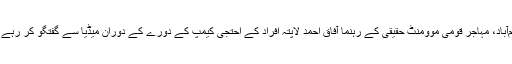
اسلام‌آباد، مہاجر قومی موومنٹ حقیقی کے رہنما آفاق احمد لاپتہ افراد کے احتجی کیمپ کے دورے کے دوران میڈیا سے گفتگو کر رہے ہیں۔